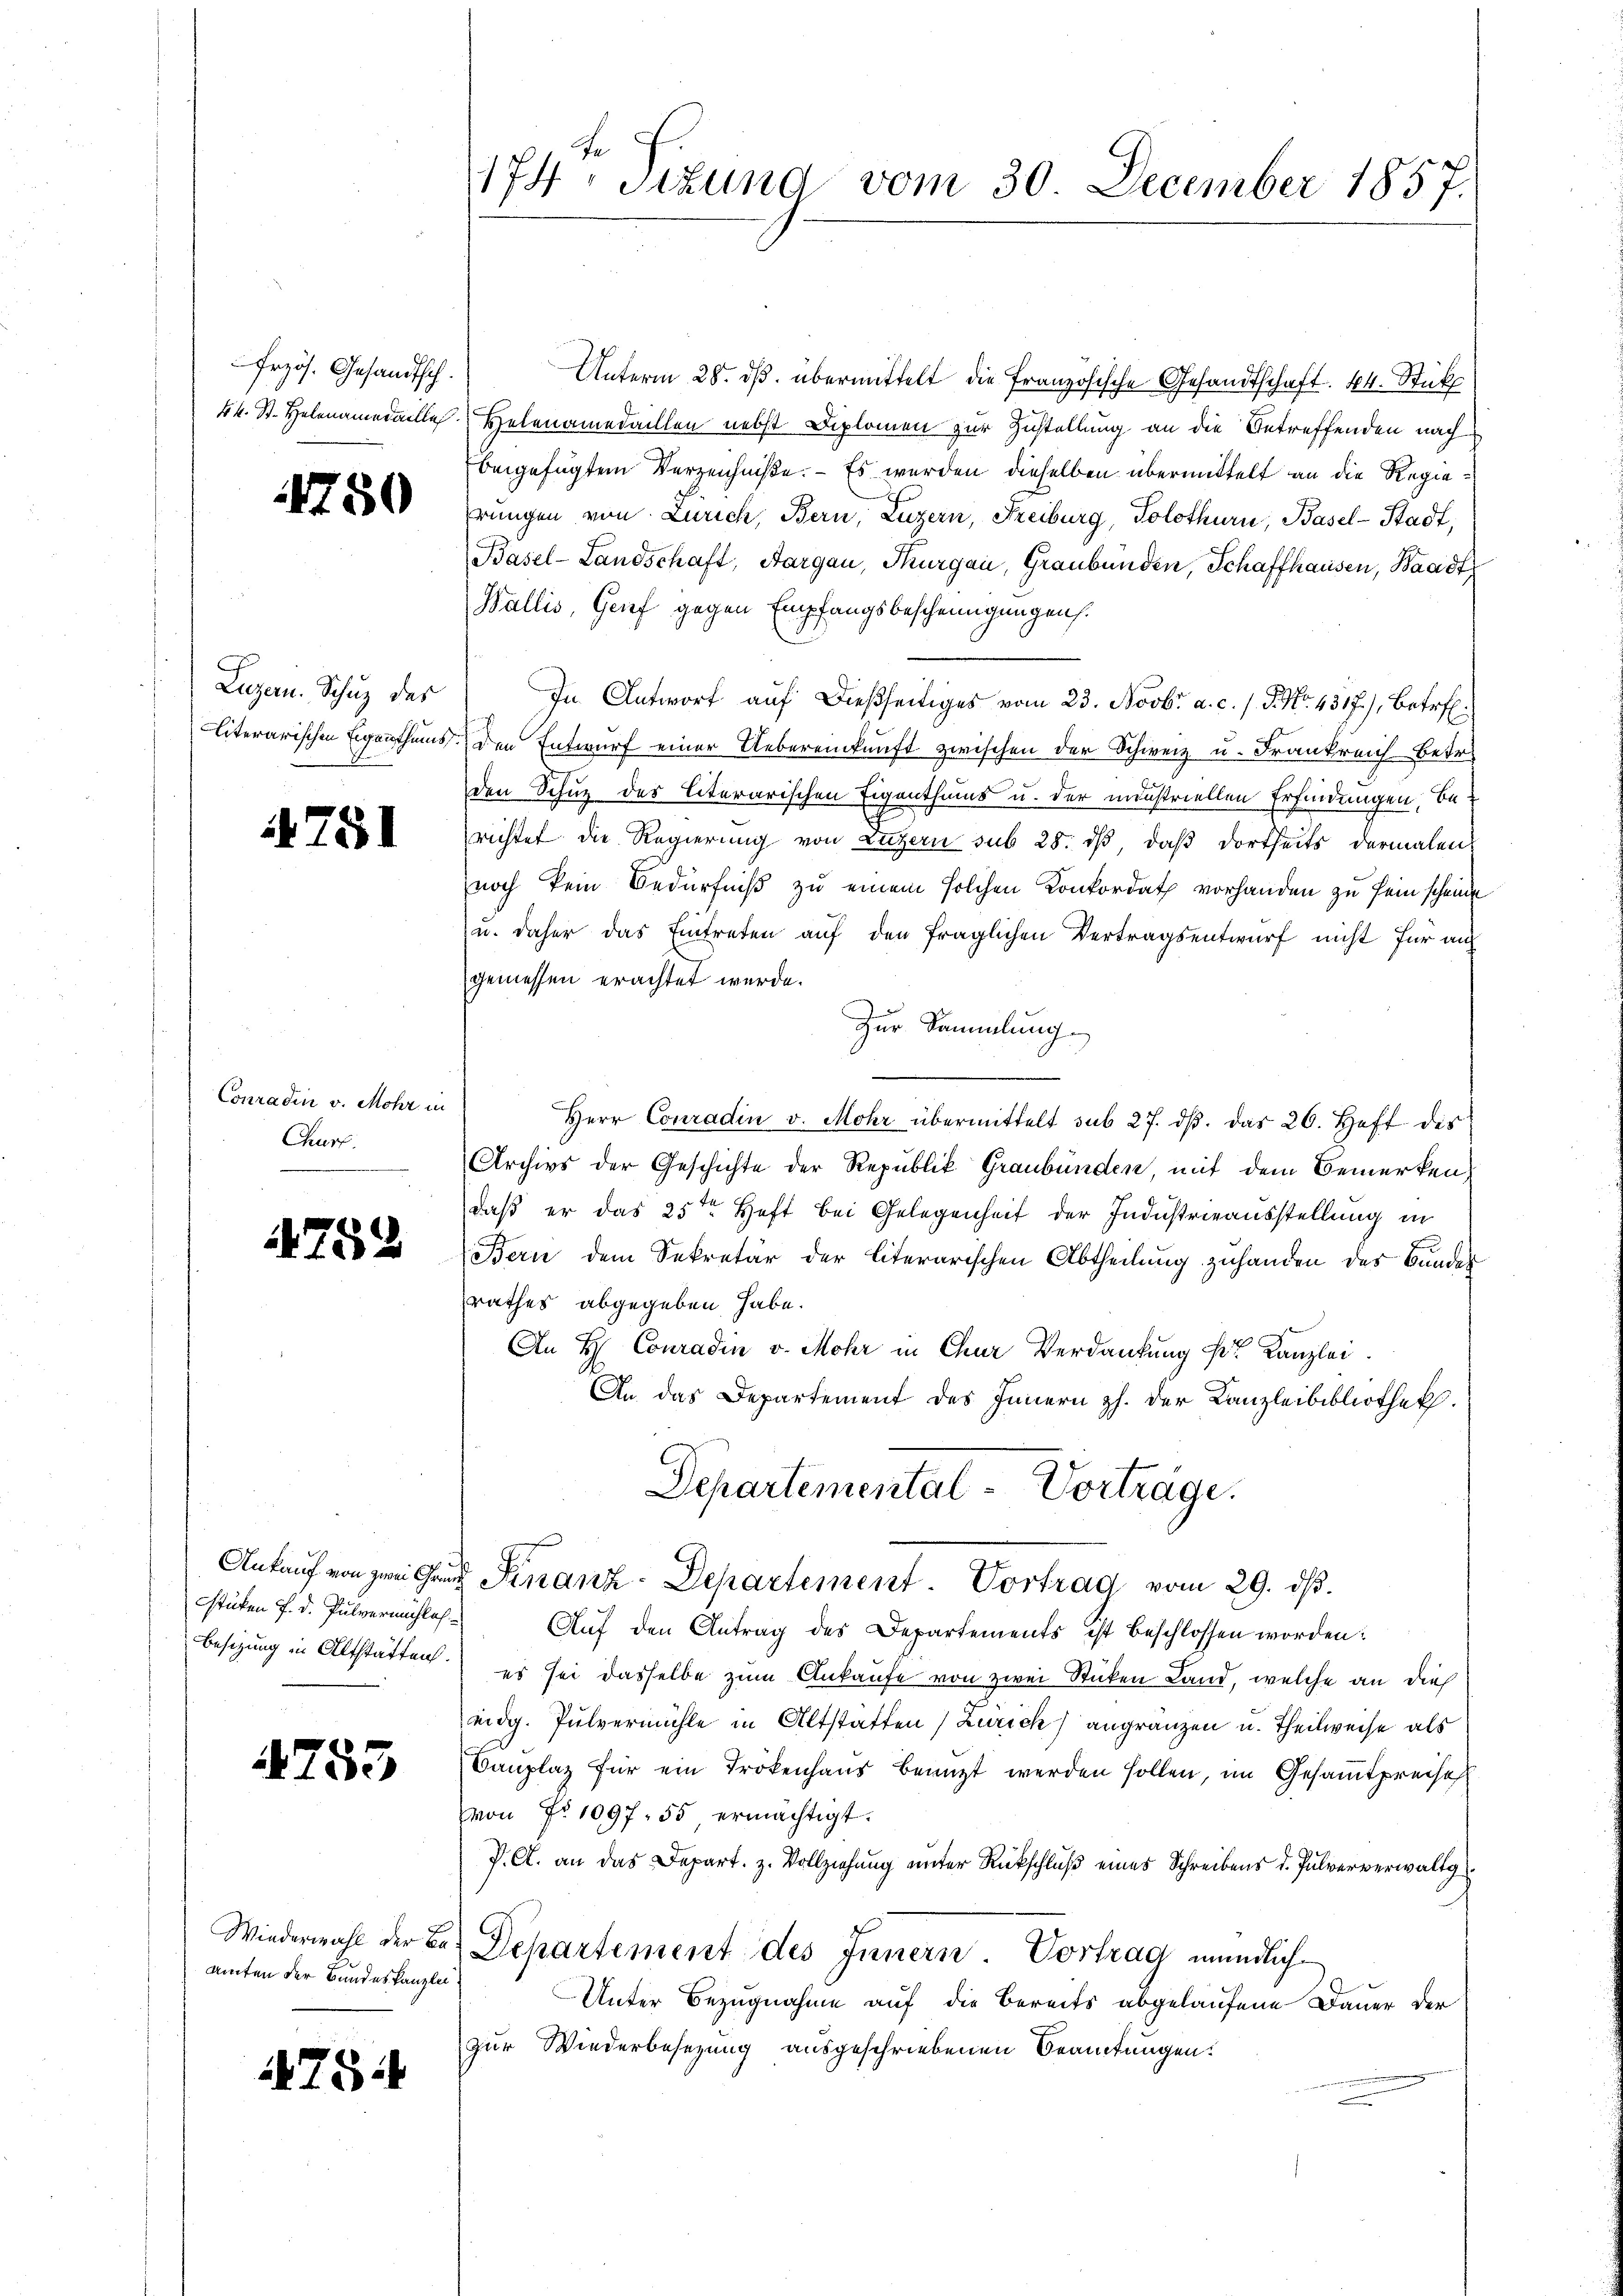
Frzös. Gesandtsch.
44. St. Helenamedaille

1750

Luzern. Schutz des

751

Conradin v. Mohr in
Churf.

752

Ankauf von zwei Grun

753

Wiederwahl der Ba
amten der Bundeskanzlei

78.

174. Sizung vom 30. December 1857.

Unterm 28. ds. übermittelt die Französische Gesandtschaft. 44. Stick
Helenamedaillen nebst Diplomen zur Zustellung an die Betreffenden nach
beigefügtem Verzeichniße. – Es werden dieselben übermittelt an die Regieprungen von Zürich, Bern, Luzern, Freiburg, Solothurn, Basel-Stadt,
Basel-Landschaft, Aargau, Thurgau, Graubünden, Schaffhausen, Waadt
Wallis, Genf gegen Empfangsbescheinigungen.
In Antwort auf dießseitiges vom 23. Novbr. a. c. l. J. No. 4317), betreff.
literarischen Eigenthums den Entwurf einer Uebereinkunft zwischen der Schweiz u. Frankreich Betr
den Schuz des literarischen Eigenthums u. der neustriellen Erfindungen, berichtet die Regierung von Luzern sub 28. dβ, daß dortheits dermalen
noch kein Bedürfniß zu einem solchen Konkordat vorhanden zu sein scheine
u. daher das Eintreten auf den fraglichen Vertragsentwurf nicht für auf
gemessen erachtet werde.
Zur Sammlung.
Herr Conradin v. Mohr übermittelt sub 27. dβ. das 26. Hoft des
Archivs der Geschichte der Republik Graubünden, mit dem Bemerken,
daß er das 25ten Heft bei Gelegenheit der Industrieausstellung in
Bern dem Sekretär der literarischen Abtheilung zuhanden des Bundes
rathes abgegeben habe.
An H. Conradin v. Mohr in Chur Verdankung der Kanzlei.
An das Departement des Innern z. der Kanzleibibliothek.
Separtemental-Vorträge.
 Finanz-Departement. Vortrag vom 29. ds.
stüken f. d. Pulvermächlich Auf den Antrag des Departements ist beschlossen worden:
Besizung in Altstatten es sei dasselbe zum Ankaufe von zwei Sticken Land, welche an dies
eidg. Pulvermühle in Altstatten (Zürich) angränzen u. Theilweise als
Canplaz für ein Trokenhaus benuzt werden sollen, im Gesammtpreise
von No 1097. 55 ermächtigt.
P. A. an das Depart. z. Vollziehŭng ŭnter Rückschlŭβ eines Schreibens d. Jŭlververwaltg
Departement des Innern. Vortrag mündlich
Unter Bezugnahme auf die Bereits abgelaufene Dauer der
zur Wiederbesezung ausgeschriebenen Beamtungen.